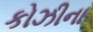
કોઝીના